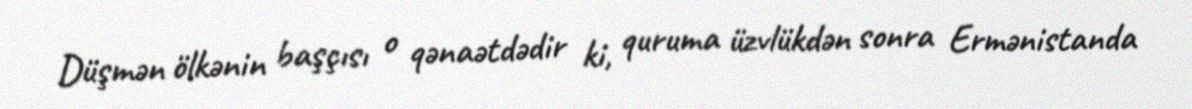
Düşmən ölkənin başçısı o qənaətdədir ki, quruma üzvlükdən sonra Ermənistanda